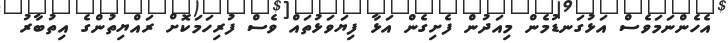
އެހެންނަމަވެސް އަޅުގަނޑުމެން މިއަދުން ފެށިގެން އަޅާ ފިޔަވަޅުތައް ވެސް ފުރިހަމަކޮށް ރައްޔިތުންގެ އިތުބާރު